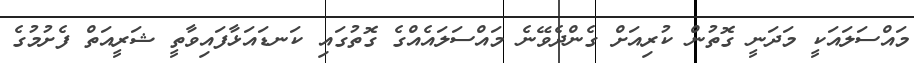
މައްސަލައަކީ މަދަނީ ގޮތުން ކުރިއަށް ގެންދެވޭނެ މައްސަލައެއްގެ ގޮތުގައި ކަނޑައަޅާފައިވާތީ ޝަރީއަތް ފެށުމުގެ